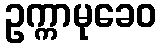
ဥက္ကာမုခေဝ